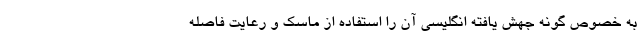
به خصوص گونه جهش یافته انگلیسی آن را استفاده از ماسک و رعایت فاصله